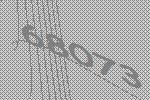
68073